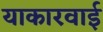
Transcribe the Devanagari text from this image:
याकारवाई